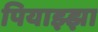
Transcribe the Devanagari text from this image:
पियाझ्झा